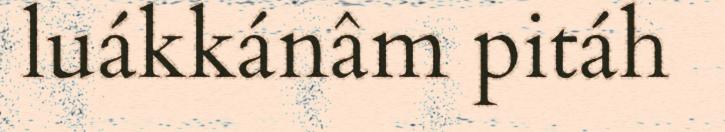
luákkánâm pitáh